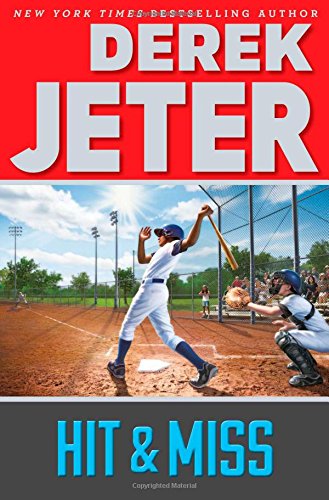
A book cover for Hit & Miss (Jeter Publishing); Derek Jeter; Children's Books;